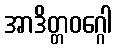
အာဒိတ္တဝဂ္ဂေါ